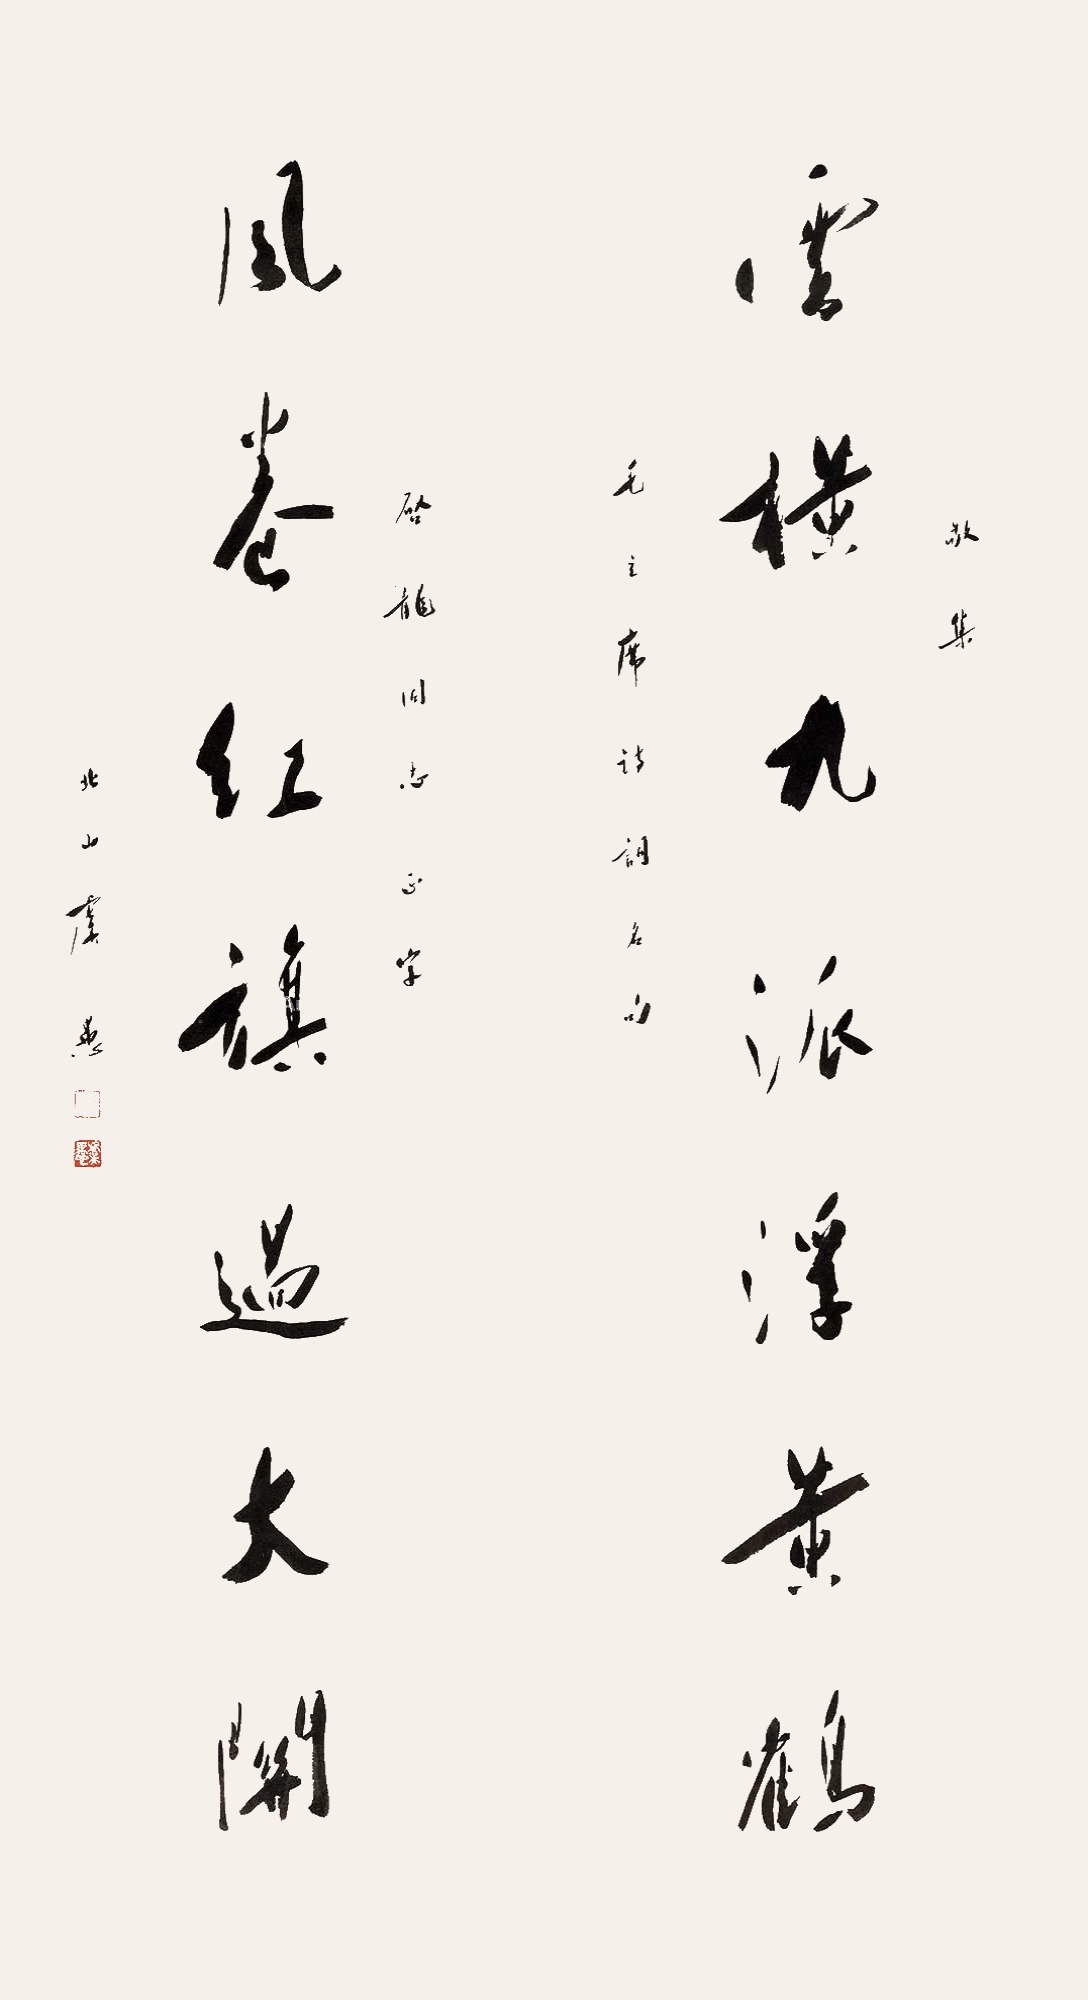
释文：云横九派浮黄鹤，风卷红旗过大关。敬集□□□诗词名句，启龙同志正字，北山虞愚。